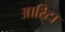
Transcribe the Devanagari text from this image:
आरिटा